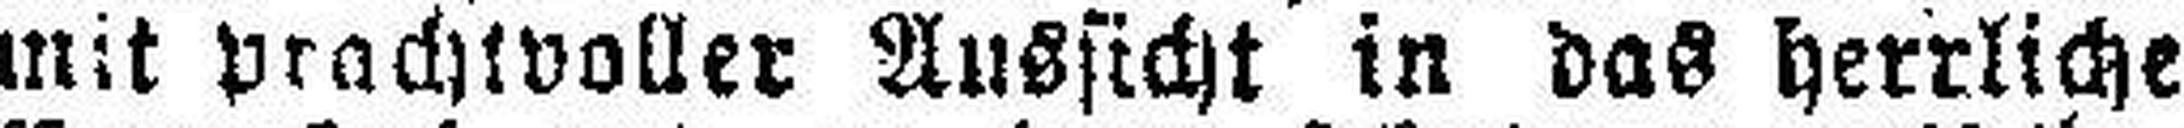
mit prachtvoller Aussicht in das herrliche